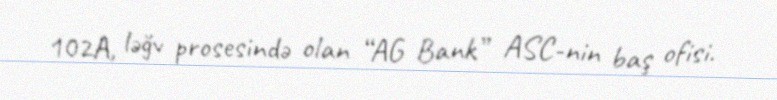
102A, ləğv prosesində olan “AG Bank” ASC-nin baş ofisi.